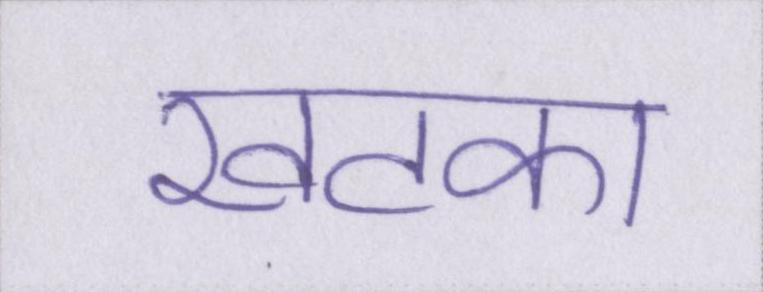
खटका